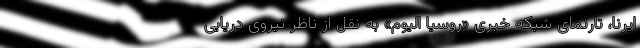
ایرنا، تارنمای شبکه خبری «روسیا الیوم» به نقل از ناظر نیروی دریایی